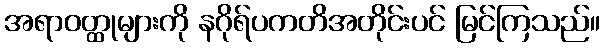
အရာဝတ္ထုများကို နဂိုရ်ပကတိအတိုင်းပင် မြင်ကြသည်။